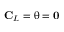
\mathbf { C } _ { L } = \mathbf { \uptheta } = \mathbf { 0 }